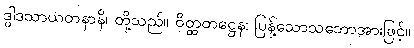
ဒွါဒသာယတနာနိ၊ တို့သည်။ ဝိတ္ထတဋ္ဌေန၊ ပြန့်သောသဘောအားဖြင့်။